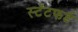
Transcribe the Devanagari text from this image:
स्टॅटफर्ड